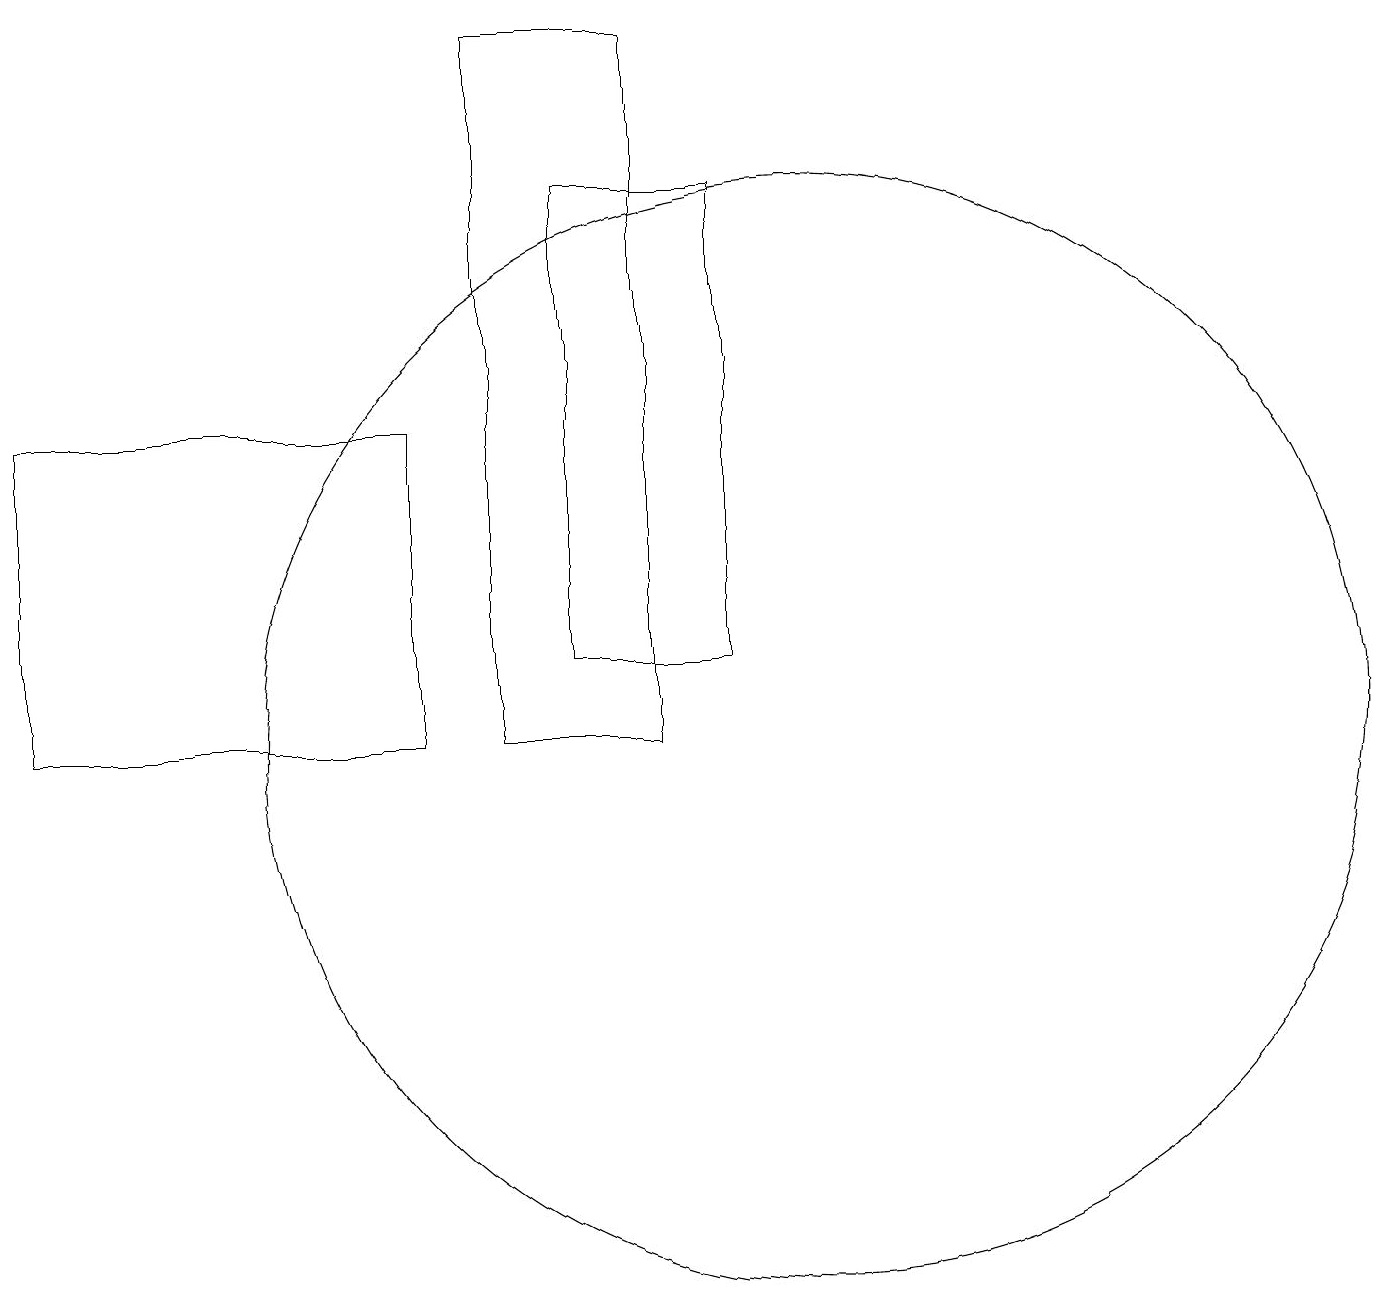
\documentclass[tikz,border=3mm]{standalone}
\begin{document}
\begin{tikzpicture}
\draw (0,10) rectangle (5,14);
\draw (10,10) circle (7);
\draw (8,10) rectangle (6,19);
\draw (9,11) rectangle (7,17);
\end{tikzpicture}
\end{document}